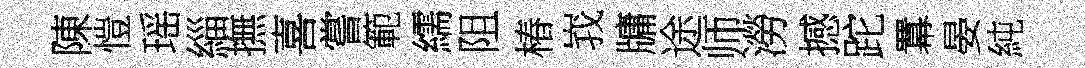
陳愷瑶緇撫喜嘗範繻阻椿峩牗途师澇撼跎羃晏純